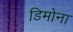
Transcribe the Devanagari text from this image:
डिमोना